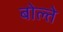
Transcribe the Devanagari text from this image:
बोल्ते